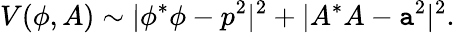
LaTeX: V(\phi,A)\sim|\phi^{*}\phi-p^{2}|^{2}+|A^{*}A-\mathtt{a}^{2}|^{2}.